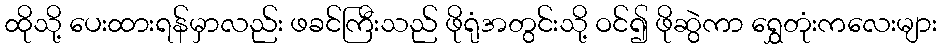
ထိုသို့ ပေးထားရန်မှာလည်း ဖခင်ကြီးသည် ဖိုရုံအတွင်းသို့ ဝင်၍ ဖိုဆွဲကာ ရွှေတုံးကလေးများ